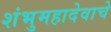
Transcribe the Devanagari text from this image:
शंभुमहादेवाचे